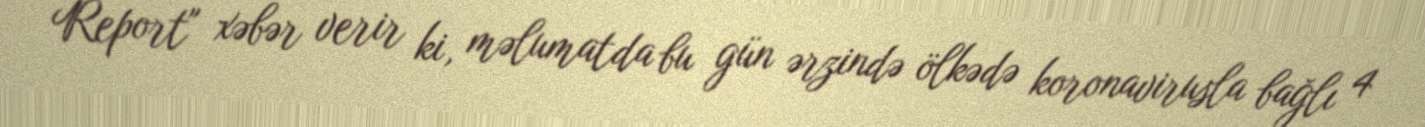
Report" xəbər verir ki, məlumatda bu gün ərzində ölkədə koronavirusla bağlı 4